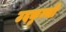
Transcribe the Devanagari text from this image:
उदकुम्भी